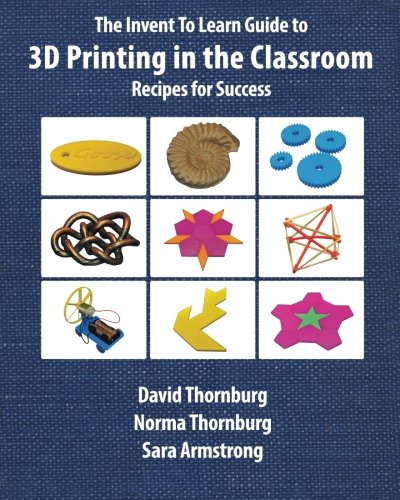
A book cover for The Invent To Learn Guide to 3D Printing in the Classroom: Recipes for Success; David Thornburg Ph.D.; Education & Teaching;